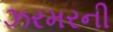
ઝરમરની